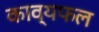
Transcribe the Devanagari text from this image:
काव्यफल